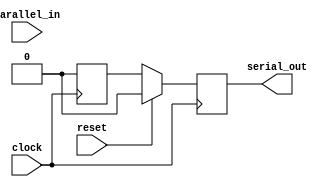
module parallel_in_serial_out_register (
    input wire clock,
    input wire reset,
    input wire [7:0] parallel_in,
    output reg serial_out
);

reg [7:0] data_reg;

always @(posedge clock) begin
    if (reset) begin
        data_reg <= 8'h00;
        serial_out <= 1'b0;
    end else begin
        data_reg <= parallel_in;
        serial_out <= data_reg[0];
        data_reg <= {data_reg[6:0], 1'b0};
    end
end

endmodule